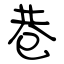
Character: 巷